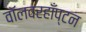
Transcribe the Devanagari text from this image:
वॉलवरहाँप्टन